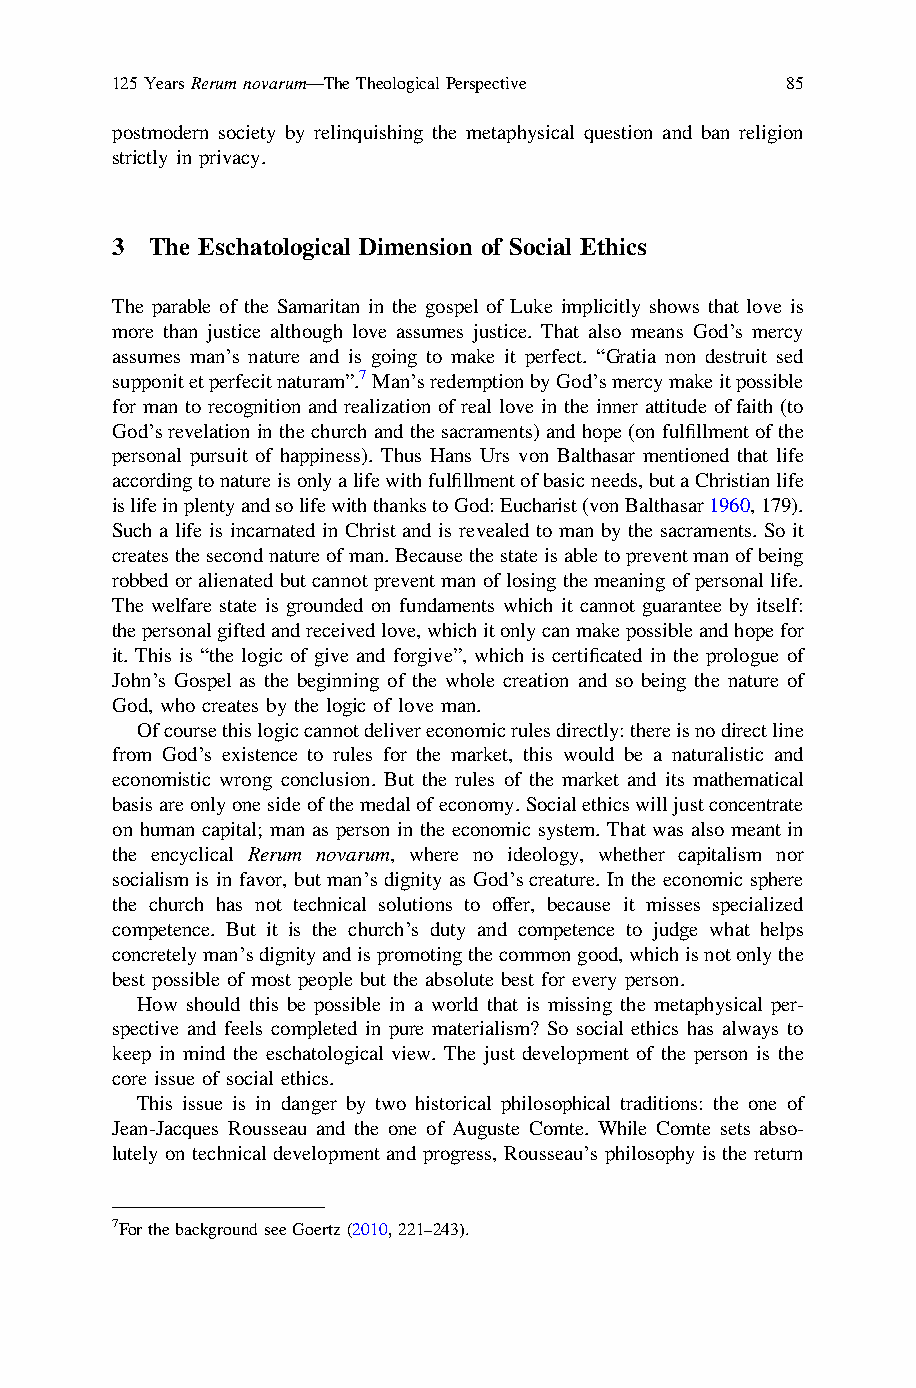
125YearsRerumnovarum—TheTheologicalPerspective 85
 postmodern society by relinquishing the metaphysical question and ban religion
 strictly in privacy.
 3  The Eschatological Dimension of Social Ethics
 The parable of the Samaritan in the gospel of Luke implicitly shows that love is
 more than justice although love assumes justice. That also means God’s mercy
 assumes man’s nature and is going to make it perfect. “Gratia non destruit sed
 supponitetperfecitnaturam”.7Man’sredemptionbyGod’smercymakeitpossible
 for man to recognition and realization of real love in the inner attitude offaith (to
 God’s revelation in thechurch and the sacraments) and hope (on fulfillment of the
 personal pursuit of happiness). Thus Hans Urs von Balthasar mentioned that life
 accordingtonatureisonlyalifewithfulfillmentofbasicneeds,butaChristianlife
 islifeinplentyandsolifewiththankstoGod:Eucharist(vonBalthasar1960,179).
 Such a life is incarnated in Christ and is revealed to man by the sacraments. So it
 createsthesecondnatureofman.Becausethestateisabletopreventmanofbeing
 robbed oralienated butcannot prevent man of losing themeaningof personal life.
 The welfare state is grounded on fundaments which it cannot guarantee by itself:
 thepersonalgiftedandreceivedlove,whichitonlycanmakepossibleandhopefor
 it. This is “the logic of give and forgive”, which is certificated in the prologue of
 John’s Gospel as the beginning of the whole creation and so being the nature of
 God, who creates by the logic of love man.
 Ofcoursethislogiccannotdelivereconomicrulesdirectly:thereisnodirectline
 from God’s existence to rules for the market, this would be a naturalistic and
 economistic wrong conclusion. But the rules of the market and its mathematical
 basisareonlyonesideofthemedalofeconomy.Socialethicswilljustconcentrate
 on human capital; man as person in the economic system. That was also meant in
 the encyclical Rerum novarum, where no ideology, whether capitalism nor
 socialism is in favor, but man’s dignity as God’s creature. In the economic sphere
 the church has not technical solutions to offer, because it misses specialized
 competence. But it is the church’s duty and competence to judge what helps
 concretelyman’sdignityandispromotingthecommongood,whichisnotonlythe
 best possible of most people but the absolute best for every person.
 How should this be possible in a world that is missing the metaphysical per-
 spective and feels completed in pure materialism? So social ethics has always to
 keep in mind the eschatological view. The just development of the person is the
 core issue of social ethics.
 This issue is in danger by two historical philosophical traditions: the one of
 Jean-Jacques Rousseau and the one of Auguste Comte. While Comte sets abso-
 lutely on technical development and progress, Rousseau’s philosophy is the return
 7ForthebackgroundseeGoertz(2010,221–243).